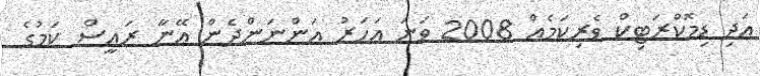
އަދި ޑިމޮކްރަޓިކް ވެރިކަމެއް 2008 ވަނަ އަހަރު އަންނަންދެން އޭނާ ރައީސް ކަމުގެ